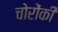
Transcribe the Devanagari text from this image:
चोरोंकी